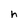
Character: h